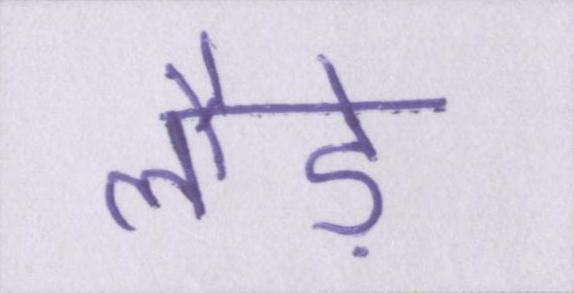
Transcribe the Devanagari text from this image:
लौड़े